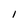
Character: 1